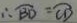
\therefore \widehat { B D } = \widehat { C D }